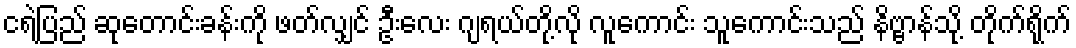
ငရဲပြည် ဆုတောင်းခန်းကို ဖတ်လျှင် ဦးလေး ဂျရယ်တို့လို လူကောင်း သူကောင်းသည် နိဗ္ဗာန်သို့ တိုက်ရိုက်